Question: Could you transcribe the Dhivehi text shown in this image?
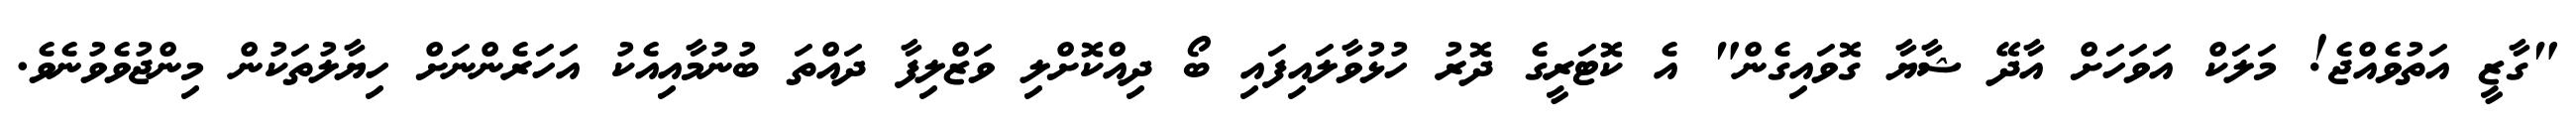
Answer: "ގާޒީ އަތުވެއްޖެ! މަލަކް އަވަހަށް އާދޭ ޝާޔާ ގޮވައިގެން" އެ ކޮޓަރީގެ ދޮރު ހުޅުވާލައިފައި ބޯ ދިއްކޮށްލި ވަޒްލިފާ ދައްތަ ބުނުމާއިއެކު އަހަރެންނަށް ހިޔާލުތަކުން މިންޖުވެވުނެވެ.